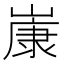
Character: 𡻚